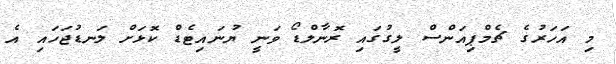
މި އަހަރުގެ ޗެމްޕިއަންސް ލީގުގައި ރޮނާލްޑޯ ވަނީ ޔުނައިޓެޑް ކޮޅަށް ލަނޑުޖަހައި އެ